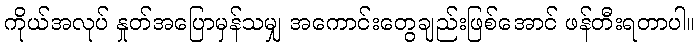
ကိုယ်အလုပ် နှုတ်အပြောမှန်သမျှ အကောင်းတွေချည်းဖြစ်အောင် ဖန်တီးရတာပါ။